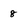
Character: 8